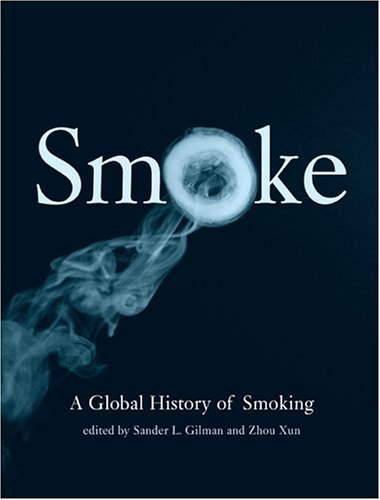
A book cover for Smoke: A Global History of Smoking; Health, Fitness & Dieting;